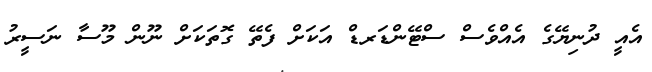
އެއީ ދުނިޔޭގެ އެއްވެސް ސްޓޭންޑަރޑް އަކަށް ފެތޭ ގޮތަކަށް ނޫން މޫސާ ނަސީރު